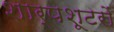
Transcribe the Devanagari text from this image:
शार्पशूटरों